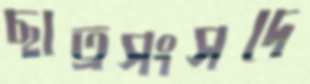
ছাত্রসংসদে